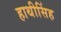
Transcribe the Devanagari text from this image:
हाथीसिंह